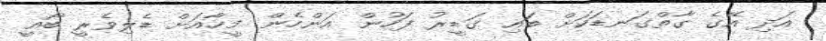
އަދި އޭގެ ގާތްގަނޑަކަށް ބައި ގަޑީރު ފަހުން އަންހެން މީހާއަށް ޑެލިވެރީ ބޯއީ